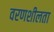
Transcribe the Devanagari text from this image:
वरणशीलता